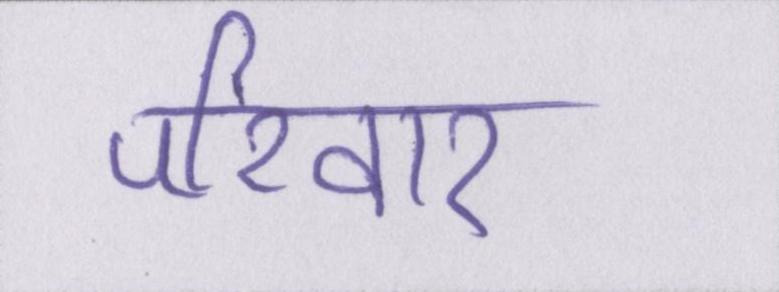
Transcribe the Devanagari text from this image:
परिवार